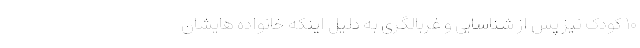
۱۰ کودک نیز پس از شناسایی و غربالگری به دلیل اینکه خانواده هایشان